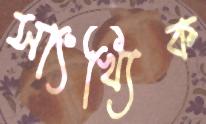
সাংখ্যিক